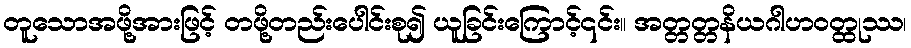
တူသောအဖို့အားဖြင့် တဖို့တည်းပေါင်းစု၍ ယူခြင်းကြောင့်၎င်း။ အတ္တတ္တနိယဂါဟဝတ္ထုဿ၊